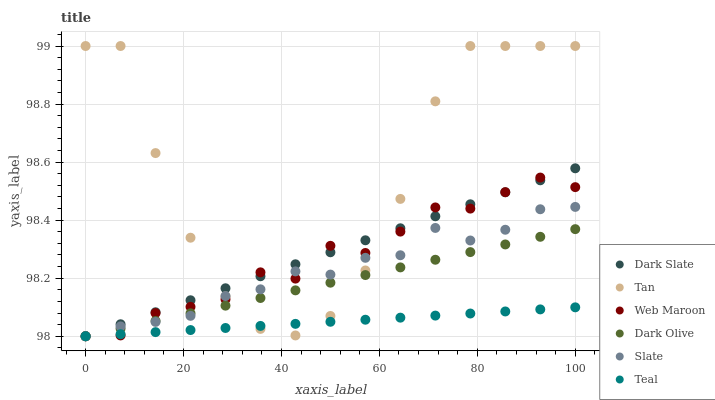
| xaxis_label | Dark Slate | Tan | Web Maroon | Dark Olive | Slate | Teal |
 | --- | --- | --- | --- | --- | --- | --- |
 | 0 | 98 | 99 | 98 | 98 | 98 | 98 |
 | 7.14 | 98 | 99 | 98 | 98 | 98 | 98 |
 | 14.3 | 98.1 | 98.6 | 98.1 | 98.1 | 98 | 98 |
 | 21.4 | 98.1 | 98.3 | 98.1 | 98.1 | 98.1 | 98 |
 | 28.6 | 98.2 | 98.1 | 98.1 | 98.1 | 98.1 | 98 |
 | 35.7 | 98.2 | 98 | 98.2 | 98.1 | 98.2 | 98 |
 | 42.9 | 98.2 | 98 | 98.2 | 98.2 | 98.2 | 98 |
 | 50 | 98.3 | 98.1 | 98.3 | 98.2 | 98.2 | 98 |
 | 57.1 | 98.3 | 98.2 | 98.3 | 98.2 | 98.3 | 98.1 |
 | 64.3 | 98.4 | 98.5 | 98.4 | 98.2 | 98.3 | 98.1 |
 | 71.4 | 98.4 | 98.8 | 98.4 | 98.3 | 98.4 | 98.1 |
 | 78.6 | 98.5 | 99 | 98.4 | 98.3 | 98.3 | 98.1 |
 | 85.7 | 98.5 | 99 | 98.5 | 98.3 | 98.4 | 98.1 |
 | 92.9 | 98.5 | 99 | 98.5 | 98.3 | 98.4 | 98.1 |
 | 100 | 98.6 | 99 | 98.5 | 98.4 | 98.4 | 98.1 |